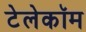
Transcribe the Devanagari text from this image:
टेलेकॉम